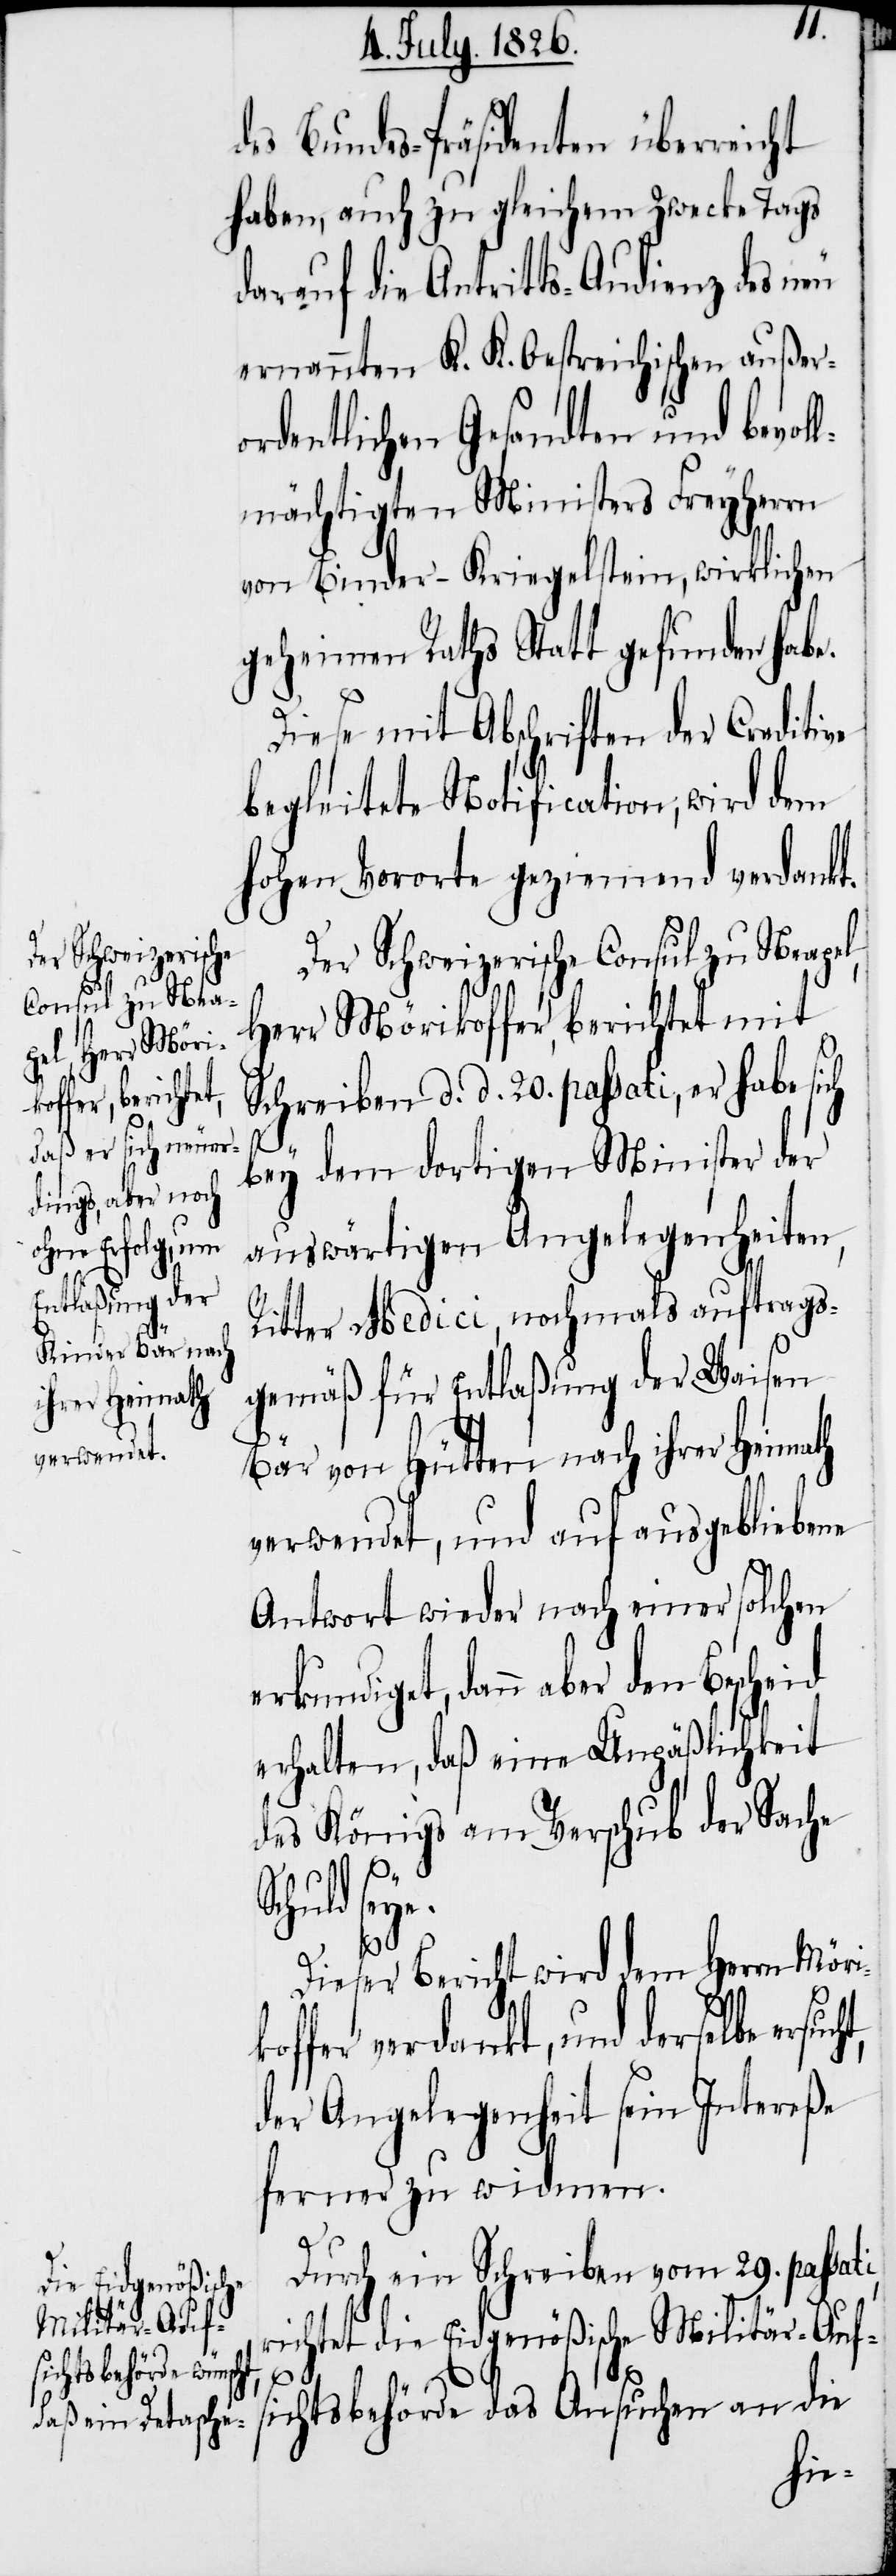
des Bundes-Präsidenten überreicht
haben, auch zu gleichem Zwecke Tags
darauf die Antritts-Audienz des neu
ernannten K. K. Oestreichischen außer¬
ordentlichen Gesandten und bevol¬
lmächtigten Ministers Freyherrn
von Binder-Kriegelstein, wirklichen
geheimen Raths Statt gefunden habe.
Diese mit Abschriften der Creditive
begleitete Notification, wird dem
hohen Vororte geziemend verdankt.
Der Schweizerische Consul zu Neapel,
Herr Mörikoffer, berichtet mit
Schreiben d. d. 20. passati, er habe si¬
i,
bey dem dortigen Minister der
auswärtigen Angelegenheiten,
Ritter Medici, nochmals auftrags¬
gemäß für Entlaßung der Waisen
Bär von Hütten nach ihrer Heimath
verwendet, und auf ausgebliebene
Antwort wieder nach einer solchen
undiget, dann aber den Bescheid
erhalten, daß eine Unpäßlichkeit
des Königs am Verschub der Sache
cht,
Schuld seye.
erk¬
Dieser Bericht wird dem Herrn Mörik¬
offer verdankt, und derselbe ersu¬
der Angelegenheit sein Intereße
ferner zu widmen.
Durch ein Schreiben vom 29. passat¬
richtet die Eidgenößische Militär-Auf¬
sichtsbehörde das Ansuchen an die